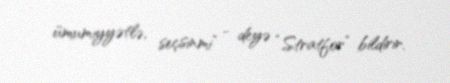
ümumiyyətlə, seçsinmi” - deyə “Stratfor” bildirir.